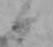
日